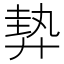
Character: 𢍠